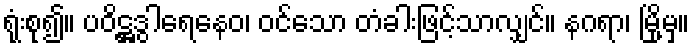
ရုံးစု၍။ ပဝိဋ္ဌဒွါရေနေဝ၊ ဝင်သော တံခါးဖြင့်သာလျှင်။ နဂရာ၊ မြို့မှ။